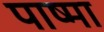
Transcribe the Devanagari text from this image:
पाष्मा